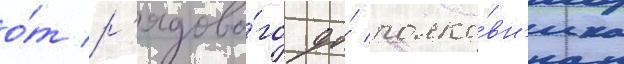
о́т р'ядово́го до́ полко́вн'ика